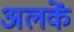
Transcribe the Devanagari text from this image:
अलकें